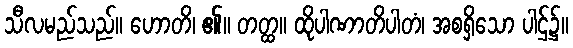
သီလမည်သည်။ ဟောတိ၊ ၏။ တတ္ထ။ ထိုပါဏာတိပါတံ၊ အစရှိသော ပါဌ်၌။